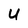
Character: U